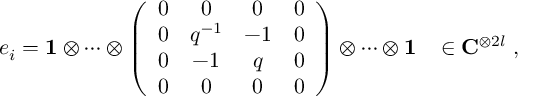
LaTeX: e _ { i } = { \bf 1 } \otimes \cdots \otimes \left( \begin{array} { c c c c } { { 0 } } & { { 0 } } & { { 0 } } & { { 0 } } \\ { { 0 } } & { { q ^ { - 1 } } } & { { - 1 } } & { { 0 } } \\ { { 0 } } & { { - 1 } } & { { q } } & { { 0 } } \\ { { 0 } } & { { 0 } } & { { 0 } } & { { 0 } } \end{array} \right) \otimes \cdots \otimes { \bf 1 } \; \; \; \in { \bf C } ^ { \otimes 2 l } \; ,